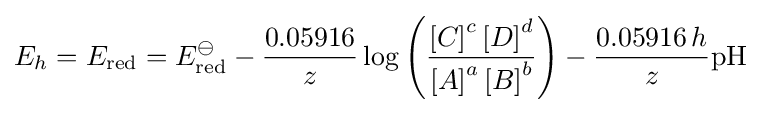
E_{h}=E_{\text{red}}=E_{\text{red}}^{\ominus }-{\frac {0.05916}{z}}\log \left({\frac {\left[C\right]^{c}\left[D\right]^{d}}{\left[A\right]^{a}\left[B\right]^{b}}}\right)-{\frac {0.05916\,h}{z}}{\text{pH}}